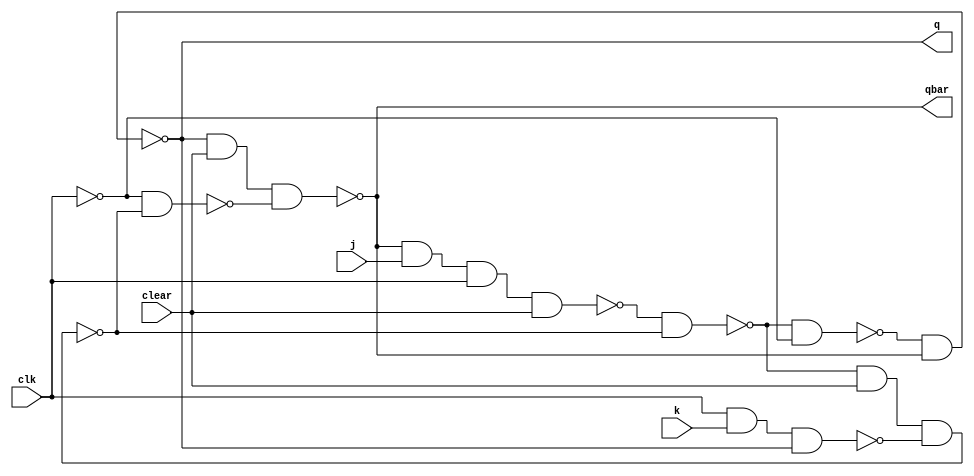
module jk_ff(q, qbar, j, k, clear, clk);
  
  input j, k, clear, clk;
  output q, qbar;
  wire a, b, d, y, ybar, cbar, e;
  nand(a, qbar, j, clk, clear);
  nand(b, clk, k, q);
  nand(y, a, ybar);
  nand(ybar, y, clear, b);
  not(cbar, clk);
  nand(e, y, cbar);
  nand(d, cbar, ybar);
  nand(q, e, qbar);
  nand(qbar, q, clear, d);

endmodule